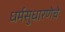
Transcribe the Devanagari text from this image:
धर्मसुधारणेचे